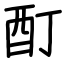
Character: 酊